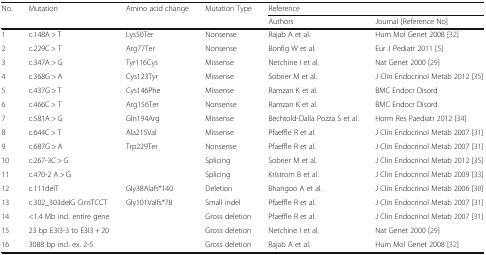
| No. | Mutation | Amino acid change | Mutation Type | <COLSPAN=2> Reference |
 | <COLSPAN=4>  | Authors | Journal [Reference No] |
 | --- | --- | --- | --- | --- | --- |
 | 1 | c.148A > T | Lys50Ter | Nonsense | Rajab A et al. | Hum Mol Genet 2008 [32] |
 | 2 | c.229C > T | Arg77Ter | Nonsense | Bonfig W et al. | Eur J Pediatr 2011 [5] |
 | 3 | c.347A > G | Tyr116Cys | Missense | Netchine I et al. | Nat Genet 2000 [29] |
 | 4 | c.368G > A | Cys123Tyr | Missense | Sobrier M et al. | J Clin Endocrinol Metab 2012 [35] |
 | 5 | c.437G > T | Cys146Phe | Missense | Ramzan K et al. | BMC Endocr Disord |
 | 6 | c.466C > T | Arg156Ter | Nonsense | Ramzan K et al. | BMC Endocr Disord |
 | 7 | c.581A > G | Gln194Arg | Missense | Bechtold-Dalla Pozza S et al. | Horm Res Paediatr 2012 [34] |
 | 8 | c.644C > T | Ala215Val | Missense | Pfaeffle R et al. | J Clin Endocrinol Metab 2007 [31] |
 | 9 | c.687G > A | Trp229Ter | Nonsense | Pfaeffle R et al. | J Clin Endocrinol Metab 2007 [31] |
 | 10 | c.267-3C > G |  | Splicing | Sobrier M et al. | J Clin Endocrinol Metab 2012 [35] |
 | 11 | c.470-2 A > G |  | Splicing | Kristrom B et al. | J Clin Endocrinol Metab 2009 [33] |
 | 12 | c.111delT | Gly38Alafs*140 | Deletion | Bhangoo A et al. | J Clin Endocrinol Metab 2006 [30] |
 | 13 | c.302_303delG CinsTCCT | Gly101Valfs*78 | Small indel | Pfaeffle R et al. | J Clin Endocrinol Metab 2007 [31] |
 | 14 | <1.4 Mb incl. entire gene |  | Gross deletion | Pfaeffle R et al. | J Clin Endocrinol Metab 2007 [31] |
 | 15 | 23 bp E3I3-3 to E3I3 + 20 |  | Gross deletion | Netchine I et al. | Nat Genet 2000 [29] |
 | 16 | 3088 bp incl. ex. 2-5 |  | Gross deletion | Rajab A et al. | Hum Mol Genet 2008 [32] |